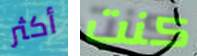
أكثر كنت